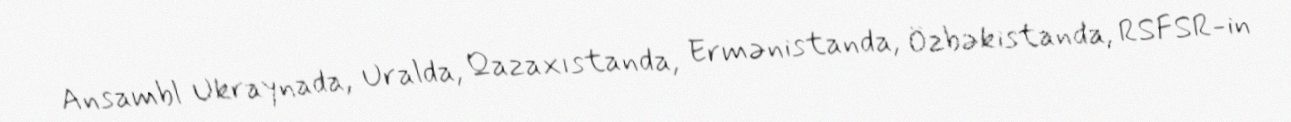
Ansambl Ukraynada, Uralda, Qazaxıstanda, Ermənistanda, Özbəkistanda, RSFSR-in